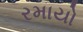
રમાયો